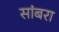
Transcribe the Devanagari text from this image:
सांंबरा